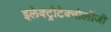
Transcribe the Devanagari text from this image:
इलेक्ट्रोटेक्नोलॉजी